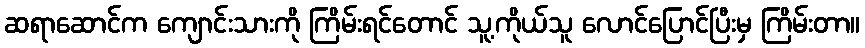
ဆရာဆောင်က ကျောင်းသားကို ကြိမ်းရင်တောင် သူ့ကိုယ်သူ လောင်ပြောင်ပြီးမှ ကြိမ်းတာ။